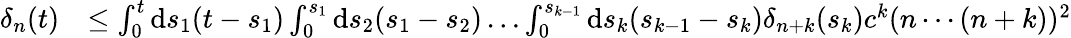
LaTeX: \begin{array}{rl}{\delta_{n}(t)}&{\leq\int_{0}^{t}\mathrm{d}s_{1}(t-s_{1})\int_{0}^{s_{1}}\mathrm{d}s_{2}(s_{1}-s_{2})\dots\int_{0}^{s_{k-1}}\mathrm{d}s_{k}(s_{k-1}-s_{k})\delta_{n+k}(s_{k})c^{k}(n\cdots(n+k))^{2}}\end{array}